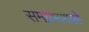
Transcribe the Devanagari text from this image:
समग्रभागको